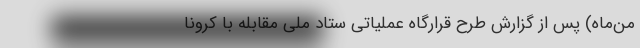
من‌ماه) پس از گزارش طرح قرارگاه عملیاتی ستاد ملی مقابله با کرونا